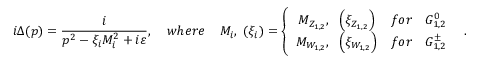
i \Delta ( p ) = \frac { i } { p ^ { 2 } - \xi _ { i } M _ { i } ^ { 2 } + i \varepsilon } , \; \; \; \; w h e r e \; \; \; \; M _ { i } , \; ( \xi _ { i } ) = \left\{ \begin{array} { c c l } { { M _ { Z _ { 1 , 2 } } , \; \; \left( \xi _ { Z _ { 1 , 2 } } \right) } } & { { f o r } } & { { { G } _ { 1 , 2 } ^ { 0 } } } \\ { { M _ { W _ { 1 , 2 } } , \; \; \left( \xi _ { W _ { 1 , 2 } } \right) } } & { { f o r } } & { { { G } _ { 1 , 2 } ^ { \pm } } } \end{array} \; \; \; . \right.